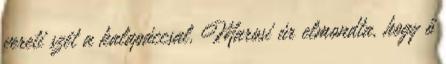
vereti szét a kalapáccsal. Marosi úr elmondta, hogy ő